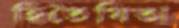
হিতৈষিতা